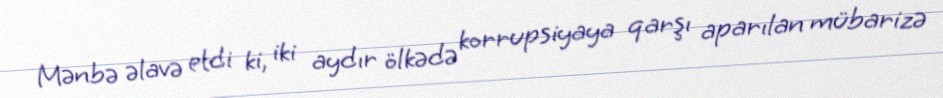
Mənbə əlavə etdi ki, iki aydır ölkədə korrupsiyaya qarşı aparılan mübarizə